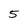
Character: 5